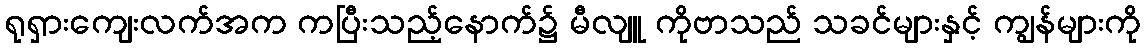
ရုရှားကျေးလက်အက ကပြီးသည့်နောက်၌ မီလျူ ကိုဗာသည် သခင်များနှင့် ကျွန်များကို